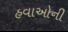
હવાઓની